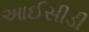
આઈસીડી